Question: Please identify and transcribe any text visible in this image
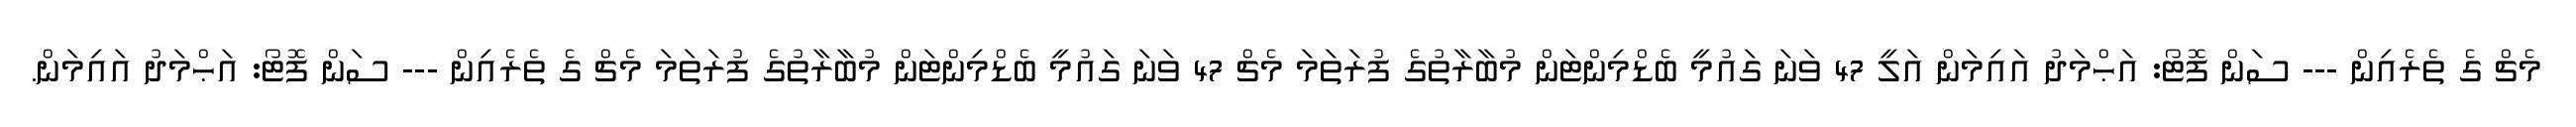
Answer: މެޗް ގެ ތެރެއިން --- ސަން ފޮޓޯ: އަޙްމަދު އައިމަން އަލީ 47 ވަނަ ގައުމީ ބެޑްމިންޓަން މުބާރާތުގެ ފުރަތަމަ މެޗް 47 ވަނަ ގައުމީ ބެޑްމިންޓަން މުބާރާތުގެ ފުރަތަމަ މެޗް ގެ ތެރެއިން --- ސަން ފޮޓޯ: އަޙްމަދު އައިމަން.